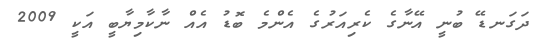
ދަގަނޑޭ ބުނީ އޭނާގެ ކެރިއަރުގެ އެންމެ ބޮޑު އެއް ނާކާމިޔާބީ އަކީ 2009